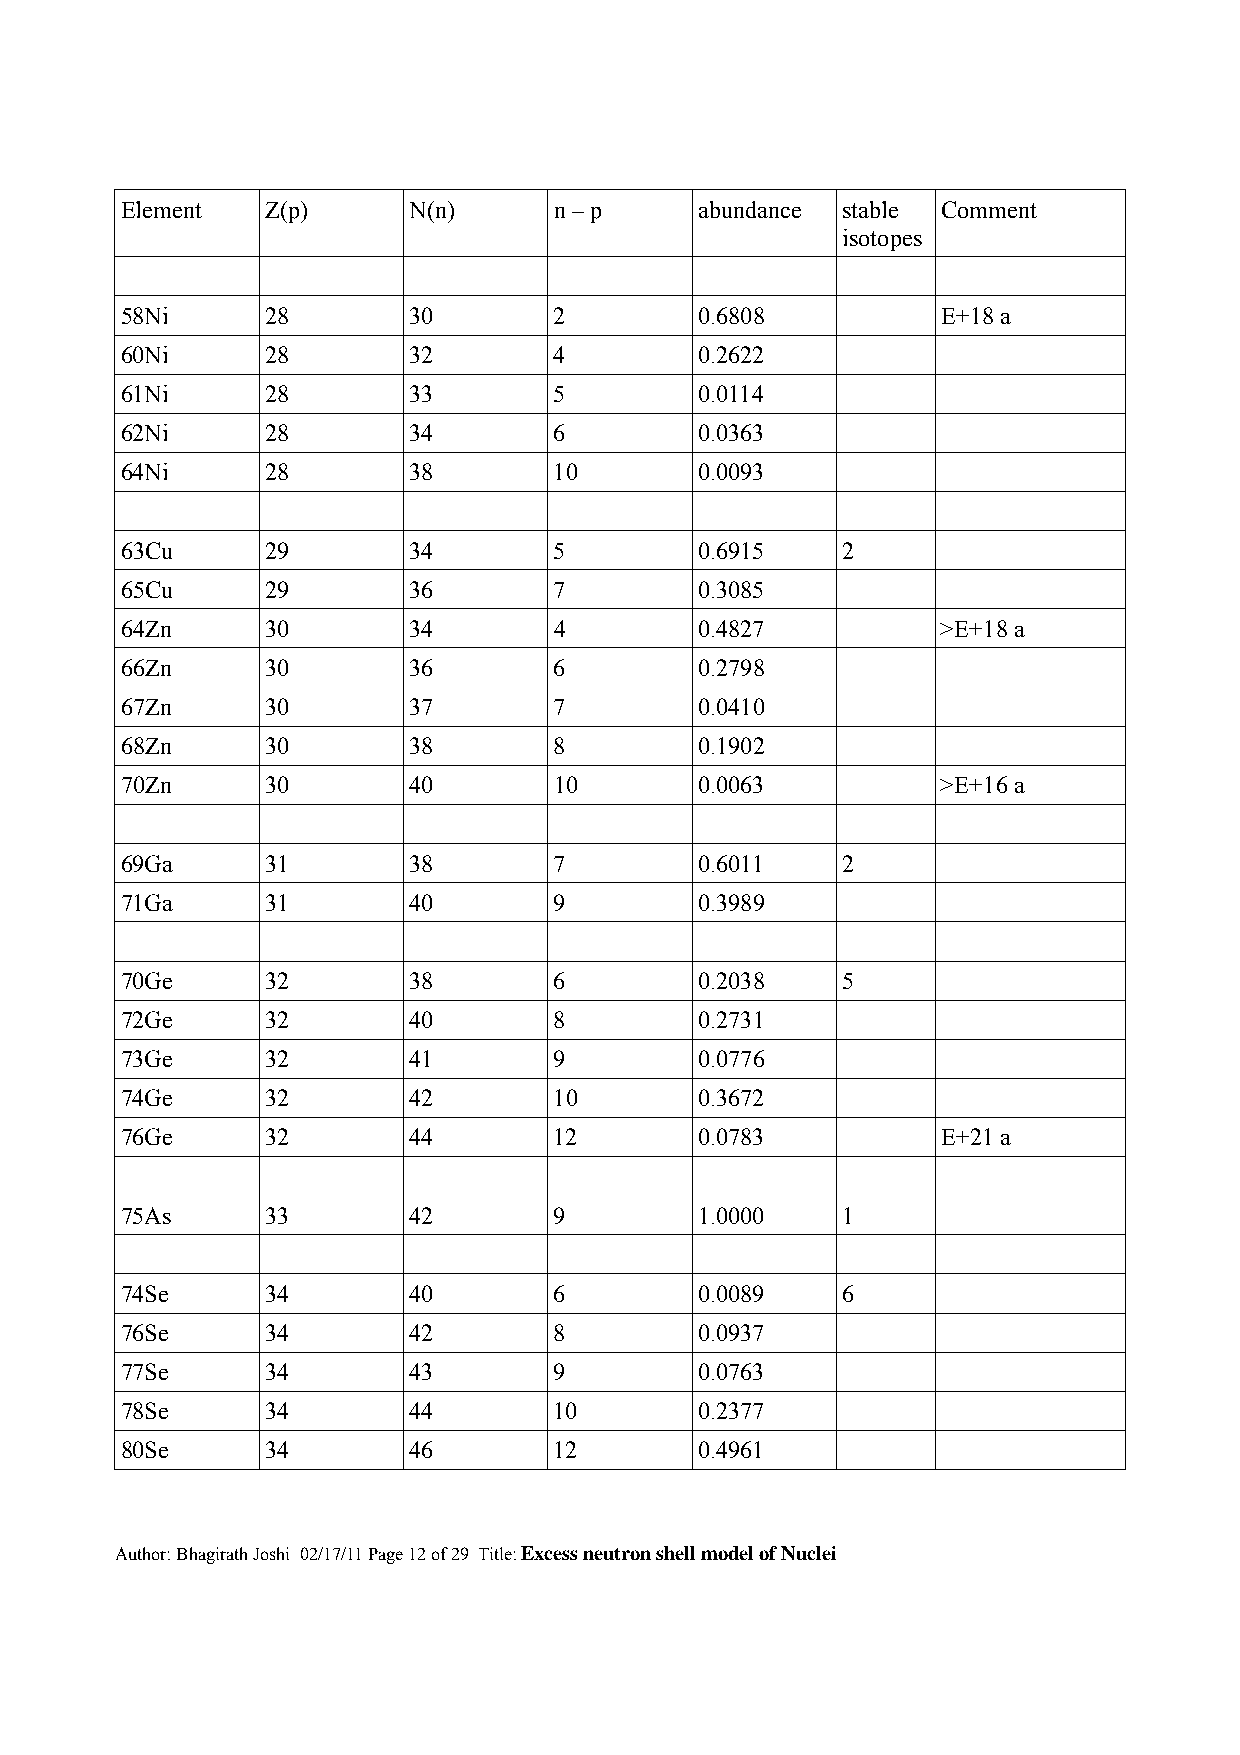
Element   Z(p)     N(n)      n – p    abundance stable Comment
 isotopes
 58Ni      28       30        2        0.6808          E+18 a
 60Ni      28       32        4        0.2622
 61Ni      28       33        5        0.0114
 62Ni      28       34        6        0.0363
 64Ni      28       38        10       0.0093
 63Cu      29       34        5        0.6915    2
 65Cu      29       36        7        0.3085
 64Zn      30       34        4        0.4827          >E+18 a
 66Zn      30       36        6        0.2798
 67Zn      30       37        7        0.0410
 68Zn      30       38        8        0.1902
 70Zn      30       40        10       0.0063          >E+16 a
 69Ga      31       38        7        0.6011    2
 71Ga      31       40        9        0.3989
 70Ge      32       38        6        0.2038    5
 72Ge      32       40        8        0.2731
 73Ge      32       41        9        0.0776
 74Ge      32       42        10       0.3672
 76Ge      32       44        12       0.0783          E+21 a
 75As      33       42        9        1.0000    1
 74Se      34       40        6        0.0089    6
 76Se      34       42        8        0.0937
 77Se      34       43        9        0.0763
 78Se      34       44        10       0.2377
 80Se      34       46        12       0.4961
 Author: Bhagirath Joshi 02/17/11 Page 12 of 29 Title: Excess neutron shell model of Nuclei